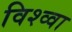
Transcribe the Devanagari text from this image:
विश्व्वा